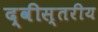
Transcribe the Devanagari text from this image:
द्वीस्तरीय